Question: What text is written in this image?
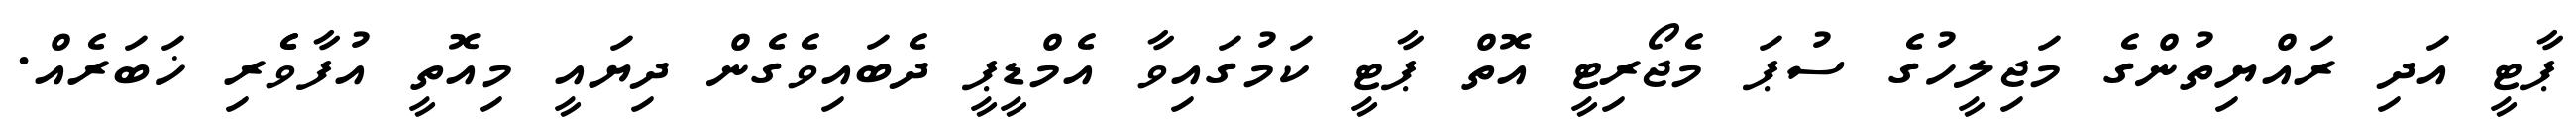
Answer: ޕާޓީ އަދި ރައްޔިތުންގެ މަޖިލީހުގެ ސުޕަ މެޖޯރިޓީ އޮތް ޕާޓީ ކަމުގައިވާ އެމްޑީޕީ ދެބައިވެގެން ދިޔައީ މިއޮތީ އުފާވެެރި ޚަބަރެއް.